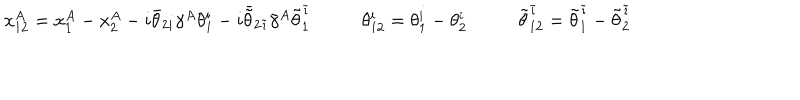
LaTeX: \begin{array} { c c c } { { x _ { 1 2 } ^ { A } = x _ { 1 } ^ { A } - x _ { 2 } ^ { A } - i \bar { \theta } _ { 2 i } \gamma ^ { A } \theta _ { 1 } ^ { i } - i \bar { \tilde { \theta } } _ { 2 \tilde { \imath } } \tilde { \gamma } ^ { A } \tilde { \theta } _ { 1 } ^ { \tilde { \imath } } ~ } } & { { \theta _ { 1 2 } ^ { i } = \theta _ { 1 } ^ { i } - \theta _ { 2 } ^ { i } ~ } } & { { \tilde { \theta } _ { 1 2 } ^ { \tilde { \imath } } = \tilde { \theta } _ { 1 } ^ { \tilde { \imath } } - \tilde { \theta } _ { 2 } ^ { \tilde { \imath } } } } \\ \end{array}